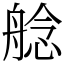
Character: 艌